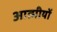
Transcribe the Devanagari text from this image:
आत्मीयों